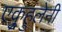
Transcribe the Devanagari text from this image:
एकुर्‍हुलेनी